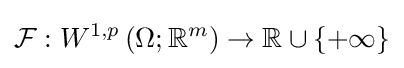
{\mathcal {F}}:W^{1,p}\left(\Omega ;\mathbb {R} ^{m}\right)\rightarrow \mathbb {R} \cup \left\{+\infty \right\}